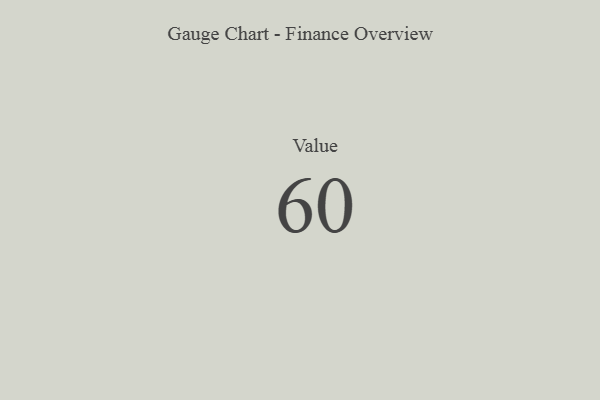
{"axis": {"x": "Metric", "y": "Value"}, "legend": [""], "data": [{"x": "Value", "y": 60, "type": ""}]}